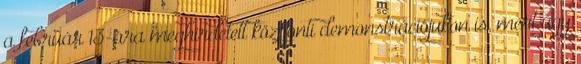
a február 13-ára meghirdetett központi demonstrációjukon is, mert úgy